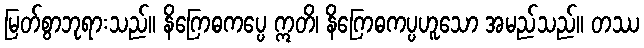
မြတ်စွာဘုရားသည်။ နိဂြောဓကပ္ပေ ဣတိ၊ နိဂြောဓကပ္ပဟူသော အမည်သည်။ တဿ